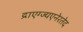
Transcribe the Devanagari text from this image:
द्राएग्ज्यएनेरतेद